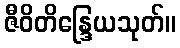
ဇီဝိတိန္ဒြေယသုတ်။